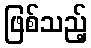
ဖြစ်သည့်